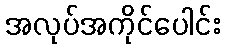
အလုပ်အကိုင်ပေါင်း